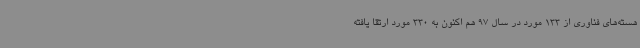
هسته‌های فناوری از 133 مورد در سال 97 هم اکنون به 330 مورد ارتقا یافته